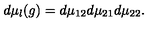
d \mu _ { l } ( g ) = d \mu _ { 1 2 } d \mu _ { 2 1 } d \mu _ { 2 2 } .